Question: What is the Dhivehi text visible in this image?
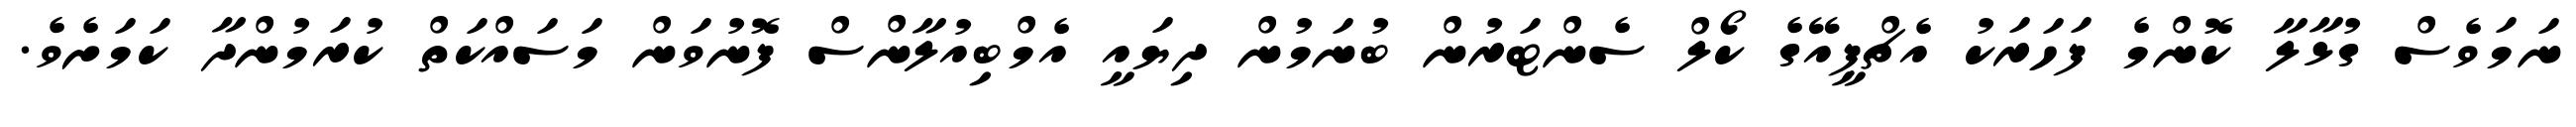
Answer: ނަމަވެސް ގުޅާލާ ކޮންމެ ފަހަރަކު އެޗްޕީއޭގެ ކޯލް ސެންޓަރުން ބުނަމުން ދިޔައީ އެމްބިއުލާންސް ފޮނުވަން މަސައްކަތް ކުރަމުންދާ ކަމަށެވެ.